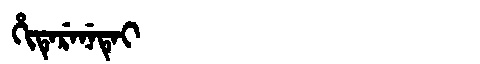
Manchu: ᡥᡳᡨᡝᡵᡝᠨᡝᡨᡝᡳ
Romanization: HITERENETEI